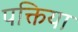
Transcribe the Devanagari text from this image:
पक्तिया